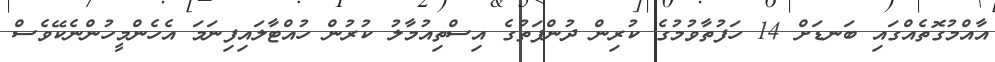
އާއްމުގޮތެއްގައި ބަނޑަށް 14 ހަފުތާވުމުގެ ކުރިން ދުންފަތުގެ އިސްތިއުމާލު ކުރުން ހުއްޓާލައިފިނަމަ އެހެންމީހުންނެކޭވެސް